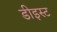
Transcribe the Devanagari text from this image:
डीइस्ट